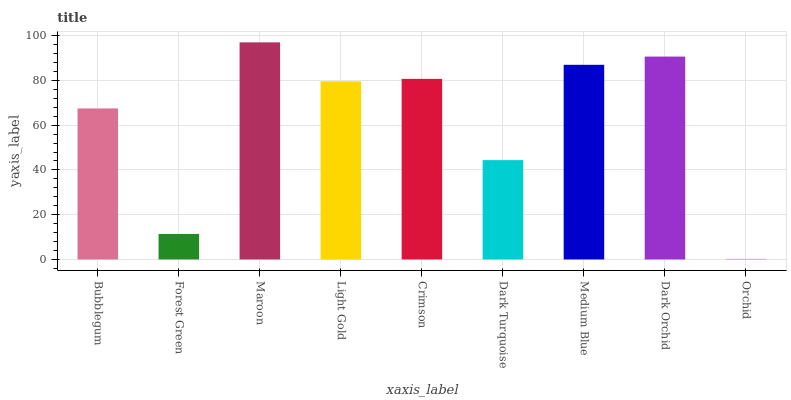
| xaxis_label | bars |
 | --- | --- |
 | Bubblegum | 67.5 |
 | Forest Green | 11.4 |
 | Maroon | 97 |
 | Light Gold | 79.6 |
 | Crimson | 80.7 |
 | Dark Turquoise | 44.4 |
 | Medium Blue | 86.9 |
 | Dark Orchid | 90.6 |
 | Orchid | 0.265 |